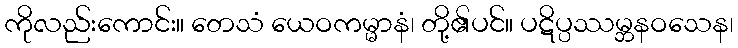
ကိုလည်းကောင်း။ တေသံ ယေဝကမ္မာနံ၊ တို့၏ပင်။ ပဋိပ္ပဿမ္ဘနဝသေန၊